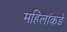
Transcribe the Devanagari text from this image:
महिलांकडे